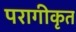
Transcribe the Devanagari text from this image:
परागीकृत